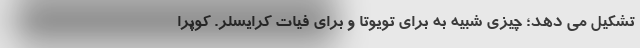
تشکیل می دهد؛ چیزی شبیه به برای تویوتا و برای فیات کرایسلر. کوپرا